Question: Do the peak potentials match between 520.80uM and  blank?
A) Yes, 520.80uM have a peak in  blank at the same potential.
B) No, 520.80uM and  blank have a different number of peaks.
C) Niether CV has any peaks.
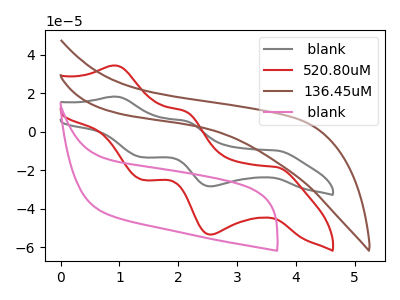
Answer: <think>The gray curve " blank" has anodic peaks at (0.95V, 18.30uA) (2.10V, 5.60uA) and cathodic peaks at (3.65V, -9.75uA) (2.55V, -28.40uA) (1.40V, -13.25uA). The red curve "520.80uM" has anodic peaks at (0.95V, 34.45uA) (2.10V, 10.60uA) and cathodic peaks at (3.65V, -18.35uA) (2.55V, -53.50uA) (1.40V, -25.00uA). The brown curve "136.45uM" has no peaks. The pink curve " blank" has no peaks.</think>
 <answer>A) Yes, "520.80uM" have a peak in " blank" at the same potential.</answer>
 <eval>A</eval>